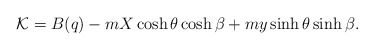
\begin{align*}{\cal K}=B(q)-mX\cosh\theta\cosh\beta+my\sinh\theta\sinh\beta.\end{align*}